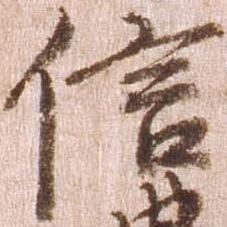
信